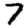
Digit: 7